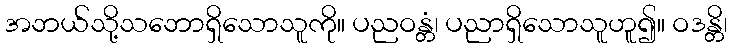
အဘယ်သို့သဘောရှိသောသူကို။ ပညဝန္တံ၊ ပညာရှိသောသူဟူ၍။ ဝဒန္တိ၊